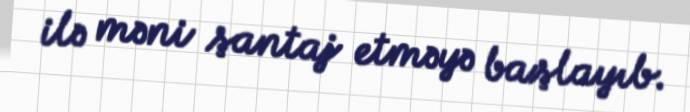
ilə məni şantaj etməyə başlayıb.